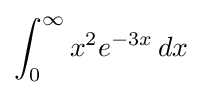
\int _{0}^{\infty }x^{2}e^{-3x}\,dx